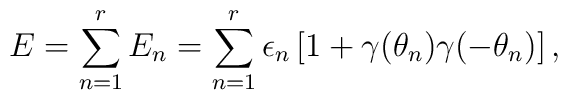
E = \sum_{n=1}^r E_n  =   \sum_{n=1}^r \epsilon_n \left [ 1+\gamma(\theta_n)\gamma(-\theta_n)                                  \right ],